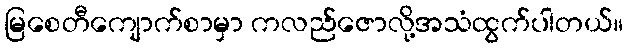
မြစေတီကျောက်စာမှာ ကလည်ဇောလို့အသံထွက်ပါတယ်။